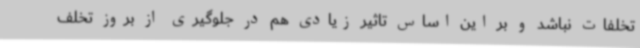
تخلفات نباشد و بر این اساس تاثیر زیادی هم در جلوگیری از بروز تخلف